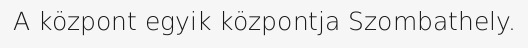
A központ egyik központja Szombathely.